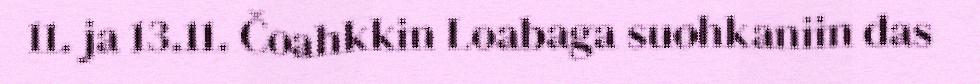
11. ja 13.11. Čoahkkin Loabaga suohkaniin das